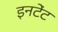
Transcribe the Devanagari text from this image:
इनटेंट